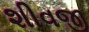
શીવજી